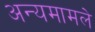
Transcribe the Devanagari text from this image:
अन्यमामले